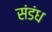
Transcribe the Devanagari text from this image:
संडंध